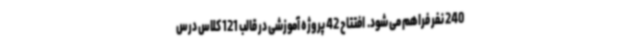
240 نفر فراهم می شود. ‌ افتتاح 42 پروژه آموزشی در قالب 121 کلاس درس